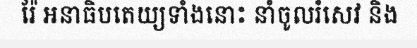
រ៉ែ អនាធិបតេយ្យទាំងនោះ នាំចូលរំសេវ និង